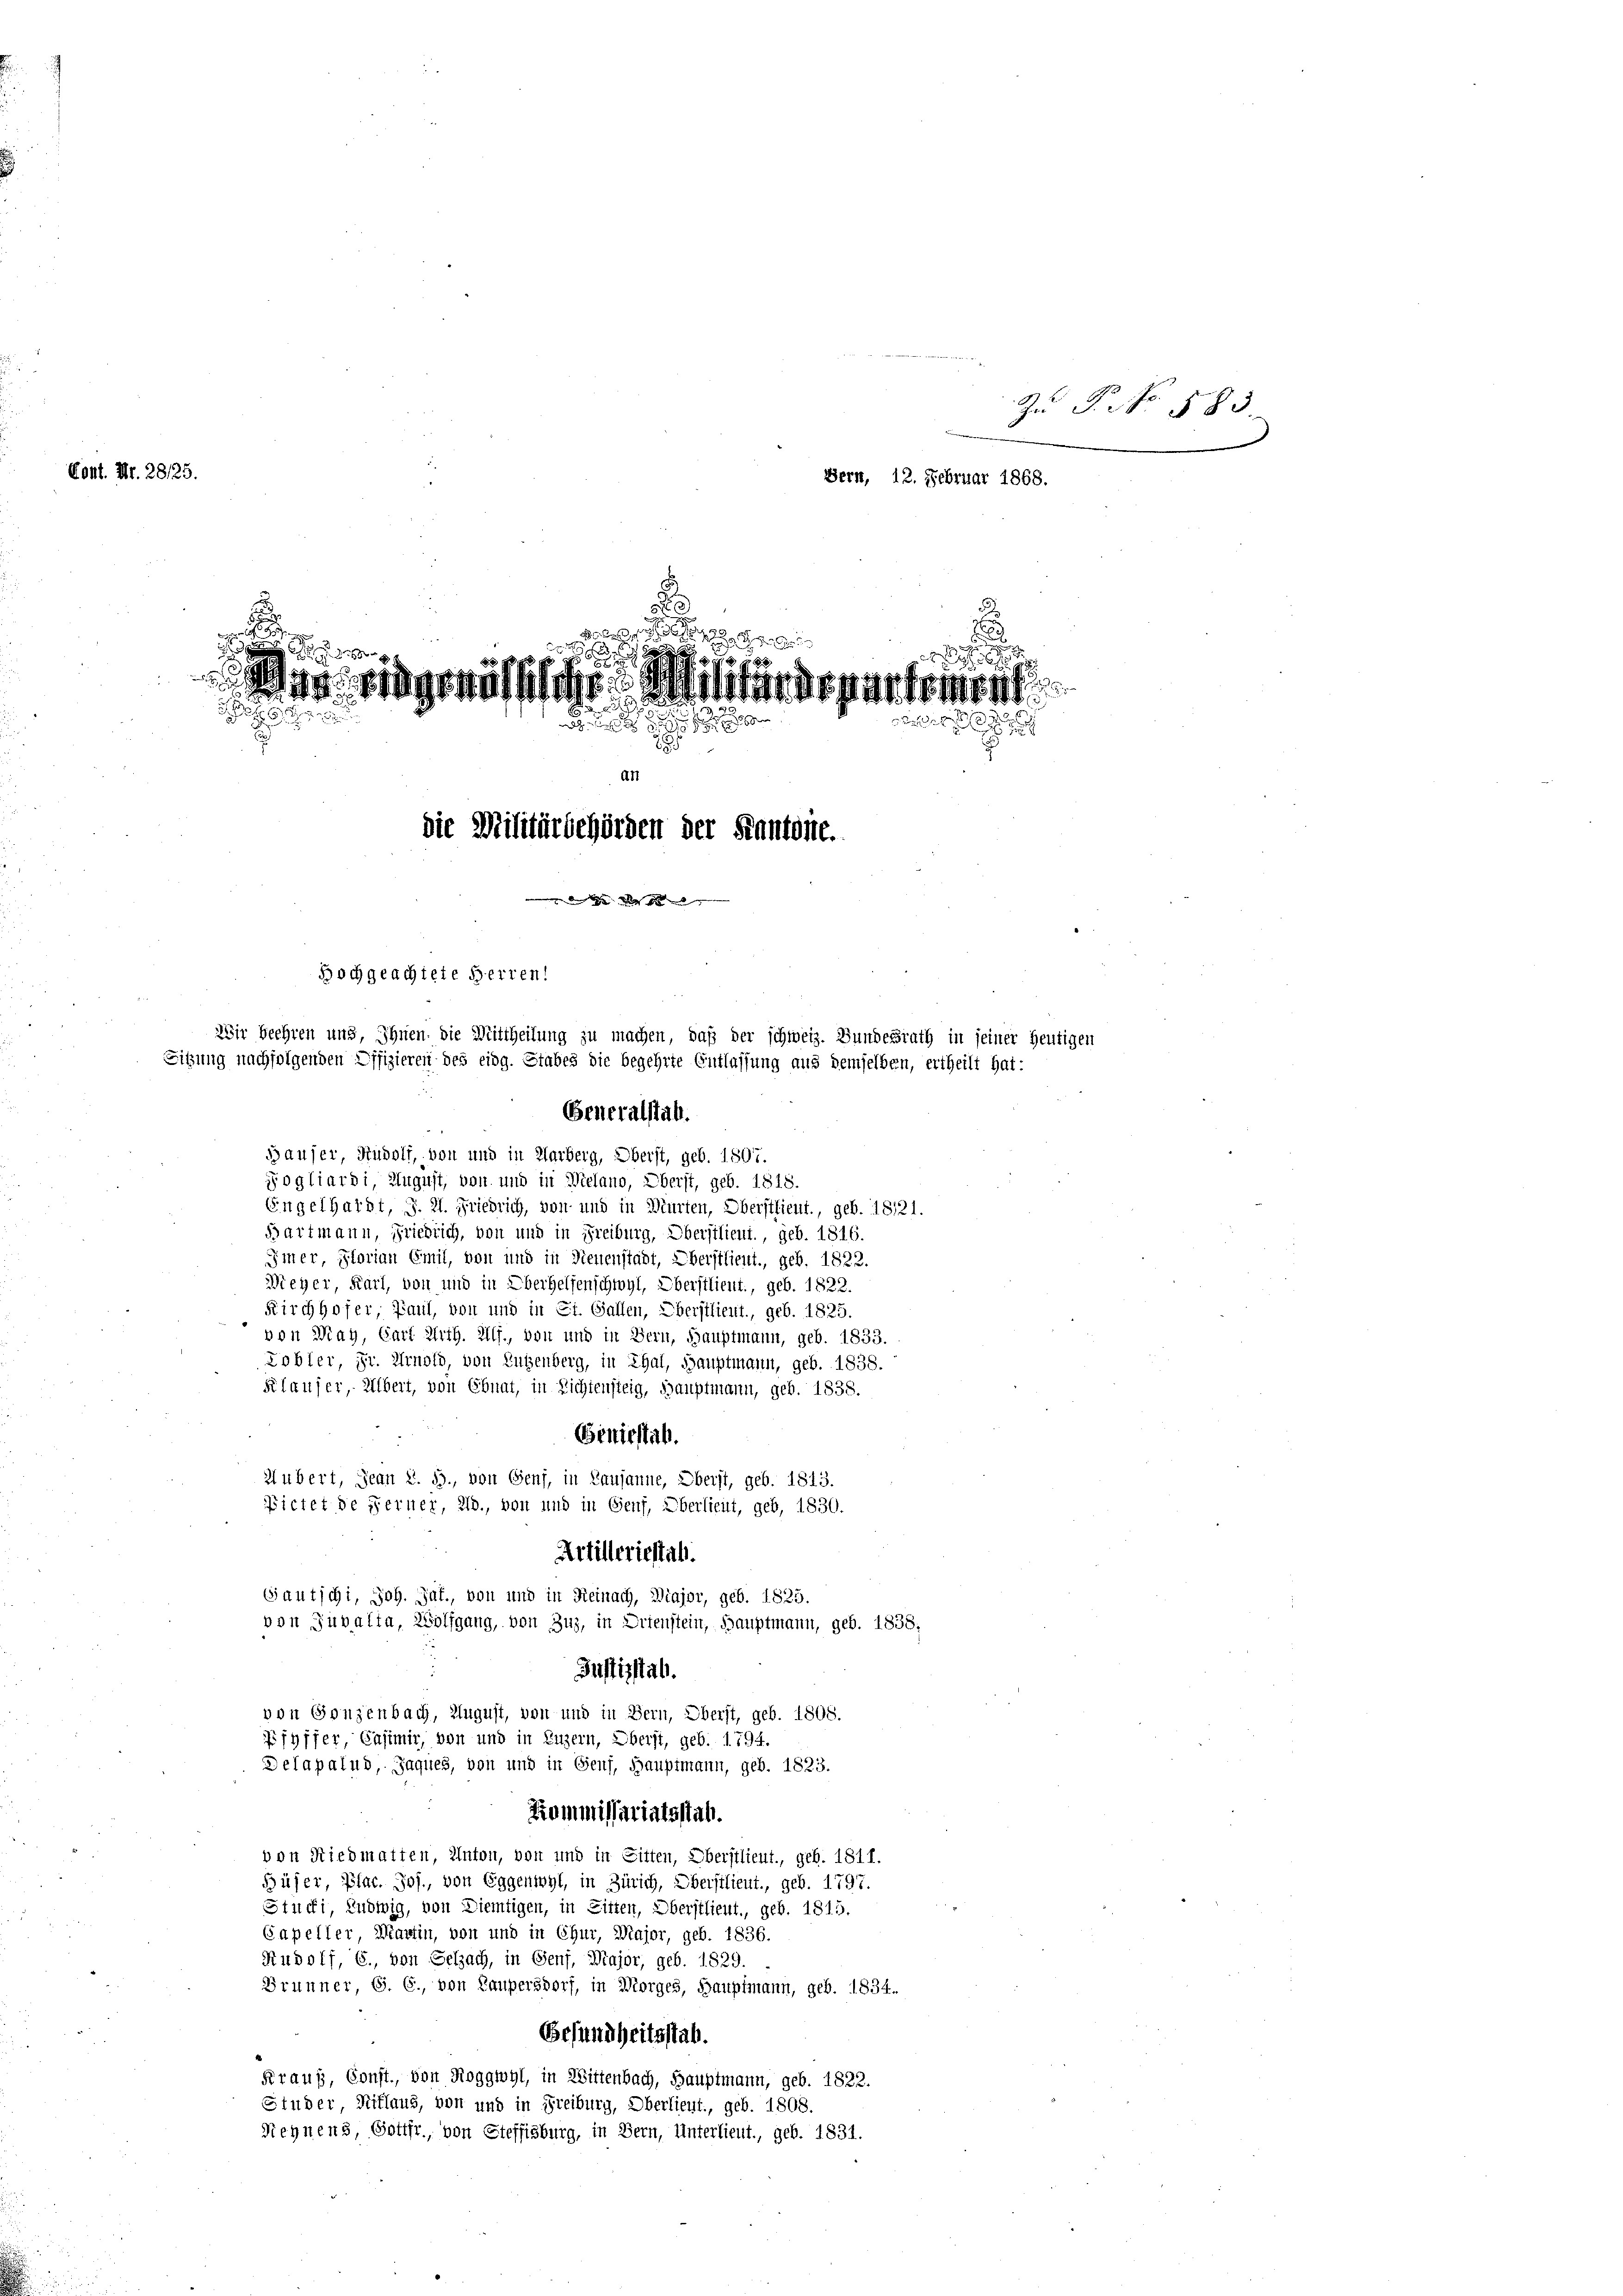
Zu P. Nr. 18
Kont. Nr. 28/25.
Bern, 12. Februar 1868.

.
 des

s
u
e
0
age eidgenössischen Militärdepartement
6

iis
2
an
die Militärbehörden der Kantone.

Hochgeachtete Herren!
Wir beehren uns, Ihnen die Mittheilung zu machen, daß der schweiz. Bundesrath in seiner heutigen
Sitzung nachfolgenden Offizieren des eidg. Stabes die begehrte Entlassung aus demselben, ertheilt hat:
Generalstab.
a

Hauser, Rudolf, von und in Harberg, Oberst, geb. 1807.
Fogliardi, August, von und in Wielano, Überst, geb. 1818.
Engelhardt, J. H. Friedrich, von und in Beurten, Oberstlieut., geb. 1821.
Bartmann, Friedrich, von und in Freiburg, Obersilieut., geb. 1816.
Imer, Florian Emil, von und in Neuenstadt, Überstlieut., geb. 1822.
Wieher, Karl, von und in Oberhelfenschwyl, Oberstlieut., geb. 1822.
Kirchhofer, Paul, von und in St. Gallen, Oberstlieut., geb. 1825.
von May, Cart Arth. Ulf., von und in Bern, Hauptmann, geb. 1833.
Lobler, Hr. Arnold, von Eugenberg, in Thal, Hauptmann, geb. 1838.
Klauser, Albert, von Ebnat, in Lichtensteig, hauptmann, geb. 1838.
Geniestal.
2 übert, Jean 2. 55., von Genf, in Lausanne, Oberst, geb. 1813.
ictet de Ferner, Ub., von und in Genf, Oberlieut, geb, 1830.
Artilleriestal.
Gautschi, Joh. Jat., von und in Reinach, Diajor, geb. 1825.
von Juvalta, Wolfgang, von Zug, in Orienstein, Hauptmann, geb. 1838,
Justizstab.
von Gonzenbach, August, von und in Bern, Oberst, geb. 1808.
Pfyffer, Casimir, von und in Luzern, Oberst, geb. 1794.
Delapalud, Jaques, von und in Genf, Hauptmann, geb. 1823.
Kommissariatsstab.
von Riedmatten, Anton, von und in Sitten, Oberstlieut., geb. 1811.
Hüher, Plac. Jos., von Eggenwyl, in Zürich, Oberstlieut., geb. 1797.
Stucki, Ludwig, von Diemtigen, in Sitten, Oberstlieut., geb. 1815.
Gapeller, Martin, von und in Chur, Major, geb. 1836.
Rudolf, E., von Selzach, in Genf, Major, geb. 1829.
Brunner, S. 6., von Laupersdorf, in Morges, Hauptmann, geb. 1834.
Besundheitsstab.
Kraus, Const, von Roggwyl, in Wittenbach, Hauptmann, geb. 1822.
Studer, Riflaus, von und in Freiburg, Oberlieut., geb. 1808.
Sehnens, Gottfr., von Steffisburg, in Bern, Unterlieut., geb. 1831.